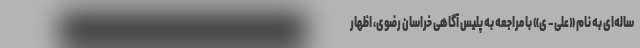
ساله‌ای به نام «علی – ی» با مراجعه به پلیس آگاهی خراسان رضوی، اظهار